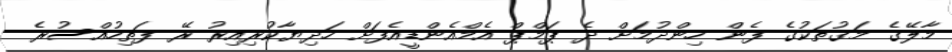
މާލޭގެ މަގުތަކުގެ ފެން ހިންދުމަށް ދެ ޕަމްޕް އެމްއެންޑީއެފަށް ހަދިޔާކުރިއިރު ރޭ ފަތިހުއްސުރެ